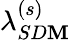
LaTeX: \lambda_{SD\mathbf{M}}^{(s)}